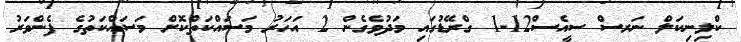
ކްލިނިކަލް ނަރސް ސީއެސް12-1 ގްރޭޑުގައި މަދުވެގެން 2 އަހަރު މަސައްކަތްކޮށް މަސައްކަތުގެ ފެންވަރު